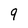
Character: 9